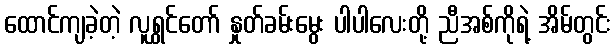
ထောင်ကျခဲ့တဲ့ လူရွှင်တော် နှုတ်ခမ်းမွေး ပါပါလေးတို့ ညီအစ်ကိုရဲ့ အိမ်တွင်း